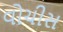
વોચીસ